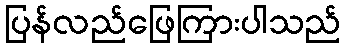
ပြန်လည်ဖြေကြားပါသည်